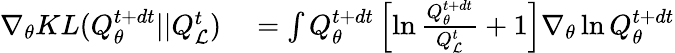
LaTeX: \begin{array}{rl}{\nabla_{\theta}KL(Q_{\theta}^{t+dt}||Q_{\mathcal{L}}^{t})}&{{}=\int Q_{\theta}^{t+dt}\left[\ln\frac{Q_{\theta}^{t+dt}}{Q_{\mathcal{L}}^{t}}+1\right]\nabla_{\theta}\ln Q_{\theta}^{t+dt}}\end{array}